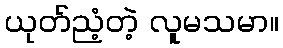
ယုတ်ညံ့တဲ့ လူမသမာ။